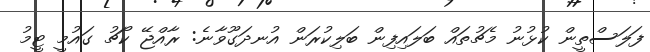
ފަލަސްތީން ކުޅުނު މެޗުތައް ބަލައިފިން ބަލިކުރަން އުނދަގޫވާނެ: ރާއްޖޭ ކޯޗު ގައުމީ ޓީމު